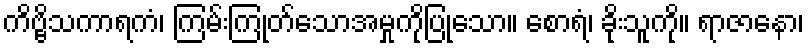
ကိဗ္ဗိသကာရကံ၊ ကြမ်းကြုတ်သောအမှုကိုပြုသော။ စောရံ၊ ခိုးသူကို။ ရာဇာနော၊